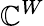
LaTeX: \mathbb{C}^{W}